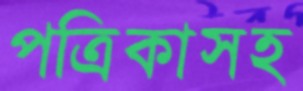
পত্রিকাসহ